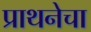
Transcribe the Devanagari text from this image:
प्राथनेचा